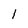
Character: 1